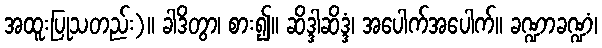
အထူးပြုသတည်း)။ ခါဒိတွာ၊ စား၍။ ဆိဒ္ဒါဆိဒ္ဒံ၊ အပေါက်အပေါက်။ ခဏ္ဍာခဏ္ဍံ၊